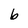
Character: b